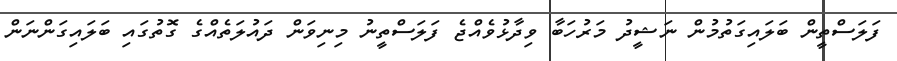
ފަލަސްތީން ބަލައިގަތުމުން ނަޝީދު މަރުހަބާ ވިދާޅުވެއްޖެ ފަލަސްތީނު މިނިވަން ދައުލަތެއްގެ ގޮތުގައި ބަލައިގަންނަން